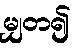
မျှတ၍